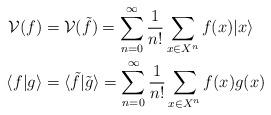
LaTeX: \begin{align*}\mathcal{V}(f)&=\mathcal{V}(\tilde{f}) = \sum_{n=0}^\infty \frac{1}{n!}\sum_{x\in X^n} f(x)|x\rangle \\ \langle f|g\rangle&=\langle\tilde{f}|\tilde{g}\rangle= \sum_{n=0}^\infty \frac{1}{n!}\sum_{x\in X^n}f(x)g(x) \end{align*}